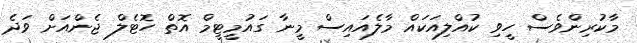
މާކުރިންވެސް ހީވި ކުއްލިއަކައް މާލެއައިސް މީނާ ގައުމީޓީމް އޮތް ހޮޓެލް ޖެންއަށް ވަދެ